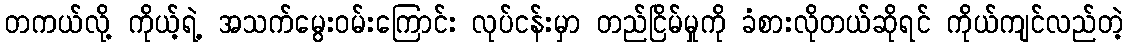
တကယ်လို့ ကိုယ့်ရဲ့ အသက်မွေးဝမ်းကြောင်း လုပ်ငန်းမှာ တည်ငြိမ်မှုကို ခံစားလိုတယ်ဆိုရင် ကိုယ်ကျင်လည်တဲ့